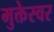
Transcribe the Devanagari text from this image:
मुक्तेस्वर